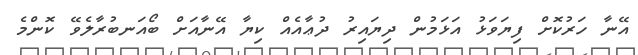
އޭނާ ހަރުކޮށް ފިޔަވަޅު އަޅަމުން ދިޔައިރު ދުޢާއެއް ކިޔާ އޭނާއަށް ބޯއަނބުރާލެވޭ ކޮންމެ